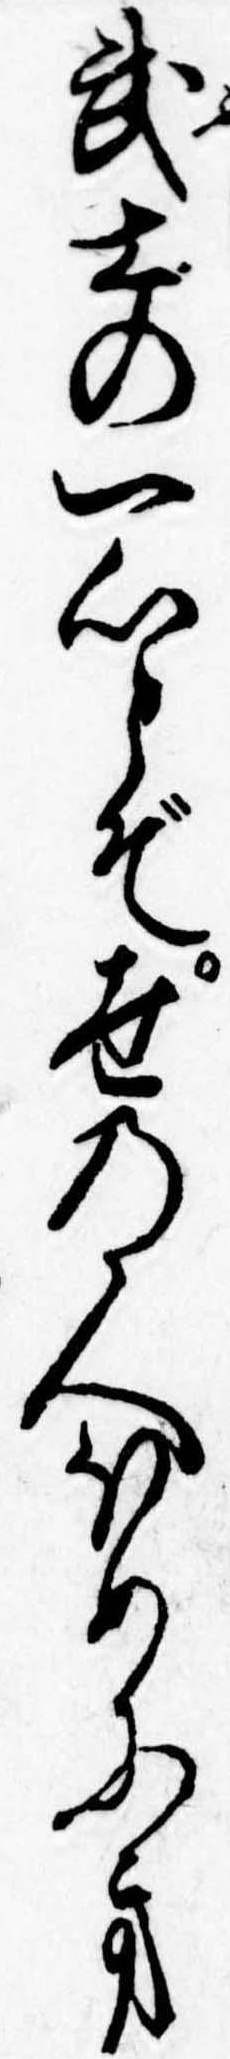
武士の一心とぞ世の人ほめにき